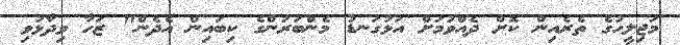
މަޖިލީހުގެ ތެރެއިން ކޮށް ދެއްވުމަށް އަޅުގަނޑު މެންބަރުންގެ ކިބައިން އެދެން" ޒަހާ ވިދާޅުވި